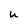
Character: u